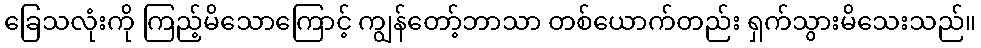
ခြေသလုံးကို ကြည့်မိသောကြောင့် ကျွန်တော့်ဘာသာ တစ်ယောက်တည်း ရှက်သွားမိသေးသည်။